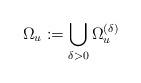
LaTeX: \begin{align*} \Omega_u := \bigcup_{\delta > 0} \Omega_u^{(\delta)} \end{align*}